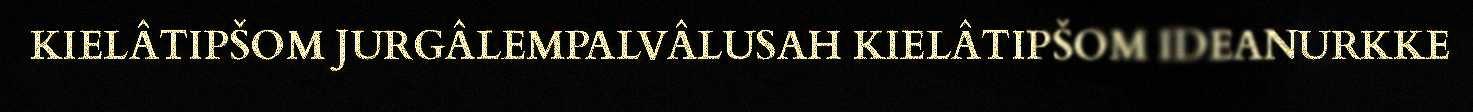
KIELÂTIPŠOM JURGÂLEMPALVÂLUSAH KIELÂTIPŠOM IDEANURKKE